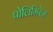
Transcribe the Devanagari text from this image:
पोलिमिरेज़